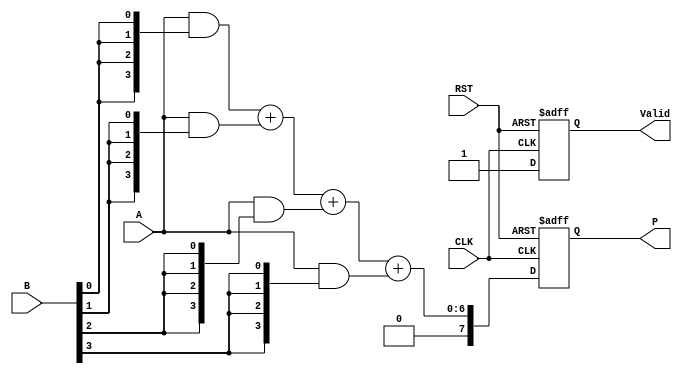
module FixedPointWallaceTreeMultiplier #(
    parameter N = 4,  // Bit width of multiplicand
    parameter M = 4   // Bit width of multiplier
)(
    input  wire [N-1:0] A,      // Multiplicand
    input  wire [M-1:0] B,      // Multiplier
    input  wire CLK,             // Clock signal
    input  wire RST,             // Reset signal
    output reg  [N+M-1:0] P,     // Product
    output reg  Valid             // Product valid signal
);

    // Internal signals for partial products
    wire [N-1:0] pp [0:M-1]; // Partial products
    wire [N+M-1:0] sum [0:M-1]; // Sums in Wallace tree
    wire [N+M-1:0] final_sum; // Final product sum
    wire [N+M-1:0] carry;      // Carry for final addition

    // Partial Product Generation
    genvar i;
    generate
        for (i = 0; i < M; i = i + 1) begin : pp_gen
            assign pp[i] = A & {N{B[i]}};
        end
    endgenerate

    // Wallace Tree Reduction (simplified)
    // Level 1 Addition
    wire [N+M-1:0] s1, c1;
    assign {c1, s1} = pp[0] + pp[1];

    // Level 2 Addition (assuming two partial products for simplicity)
    wire [N+M-1:0] s2, c2;
    assign {c2, s2} = s1 + pp[2];

    // Level 3 Addition (final reduction)
    assign {carry, final_sum} = s2 + pp[3];

    // Registering the output
    always @(posedge CLK or posedge RST) begin
        if (RST) begin
            P <= 0;
            Valid <= 0;
        end else begin
            P <= final_sum;
            Valid <= 1; // Assert valid after clock edge
        end
    end

endmodule